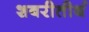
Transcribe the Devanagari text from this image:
शबरीतीर्थ